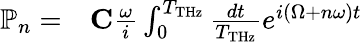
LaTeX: \begin{array}{rl}{\mathbb{P}_{n}=}&{{}{\mathbf C}\frac{\omega}{i}\int_{0}^{T_{\mathrm{THz}}}\frac{dt}{T_{\mathrm{THz}}}e^{i(\Omega+n\omega)t}}\end{array}